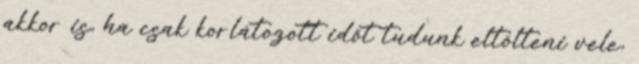
akkor is, ha csak korlátozott időt tudunk eltölteni vele,